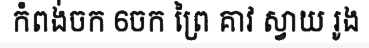
កំពង់ចក 6ចក ព្រៃ គាវ ស្វាយ រូង